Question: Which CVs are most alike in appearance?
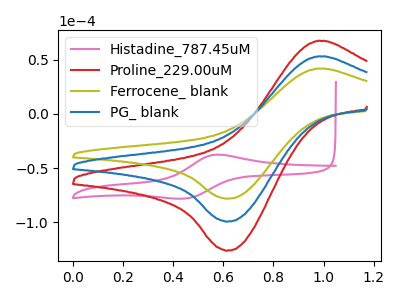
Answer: <think>The pink curve "Histadine_787.45uM" has an anodic peak at (0.55V, -37.65uA) and a cathodic peak at (0.45V, -78.05uA). The red curve "Proline_229.00uM" has an anodic peak at (0.95V, 105.70uA) and a cathodic peak at (0.60V, -198.80uA). The olive curve "Ferrocene_ blank" has an anodic peak at (0.95V, 41.65uA) and a cathodic peak at (0.60V, -78.30uA). The blue curve "PG_ blank" has an anodic peak at (0.95V, 52.85uA) and a cathodic peak at (0.60V, -99.40uA).
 "Histadine_787.45uM" and "Proline_229.00uM" have at least one peak that do not match. "Histadine_787.45uM" and "Ferrocene_ blank" have at least one peak that do not match. "Histadine_787.45uM" and "PG_ blank" have at least one peak that do not match. All the peaks in "Proline_229.00uM" have a peak in "Ferrocene_ blank" at the same potential. Every peak in "Proline_229.00uM" is higher than every peak in "Ferrocene_ blank". All the peaks in "Proline_229.00uM" have a peak in "PG_ blank" at the same potential. Every peak in "Proline_229.00uM" is higher than every peak in "PG_ blank". All the peaks in "Ferrocene_ blank" have a peak in "PG_ blank" at the same potential. Every peak in "Ferrocene_ blank" is lower than every peak in "PG_ blank".</think>
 <answer>"Ferrocene_ blank", "Proline_229.00uM" and "PG_ blank" have the same shape and are likely CV's of the same chemical.</answer>
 <eval>"Ferrocene_ blank" "Proline_229.00uM" "PG_ blank"</eval>